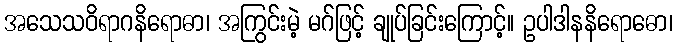
အသေသဝိရာဂနိရောဓာ၊ အကြွင်းမဲ့ မဂ်ဖြင့် ချုပ်ခြင်းကြောင့်။ ဥပါဒါနနိရောဓော၊